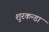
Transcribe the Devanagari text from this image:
शुरकन्डा